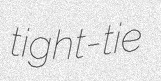
tight-tie